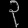
Digit: ၃